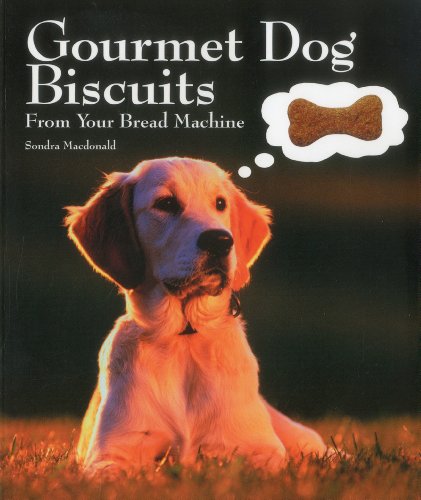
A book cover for Gourmet Dog Biscuits: From Your Bread Machine; Sondra Macdonald; Cookbooks, Food & Wine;